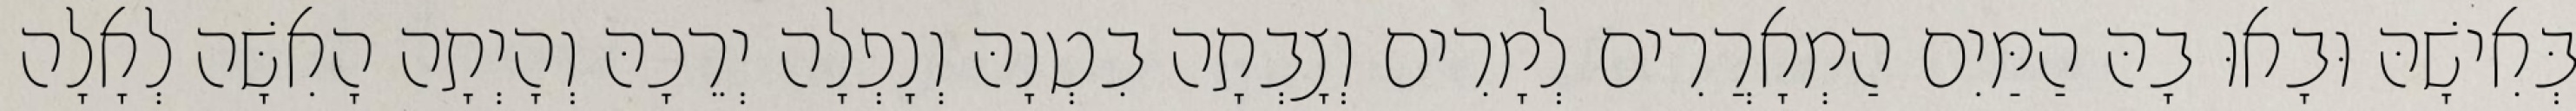
בְּאִישָׁהּ וּבָאוּ בָהּ הַמַּיִם הַמְאָרֲרִים לְמָרִים וְצָבְתָה בִטְנָהּ וְנָפְלָה יְרֵכָהּ וְהָיְתָה הָאִשָּׁה לְאָלָה